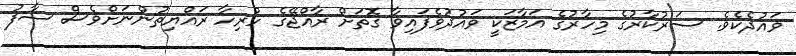
ވައުދެކެވެ. ސަރުކާރުގެ މިހާރުގެ އަމާޒަކީ ވައުދުވެފައިވާ ގޮތަށް ރާއްޖޭގެ ހުރިހާ ރައްޔިތުންނަށްވެސް ސާފު